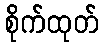
စိုက်ထုတ်